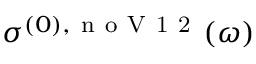
\sigma ^ { ( 0 ) , \mathrm { ~ n ~ o ~ V ~ 1 ~ 2 ~ } } ( \omega )